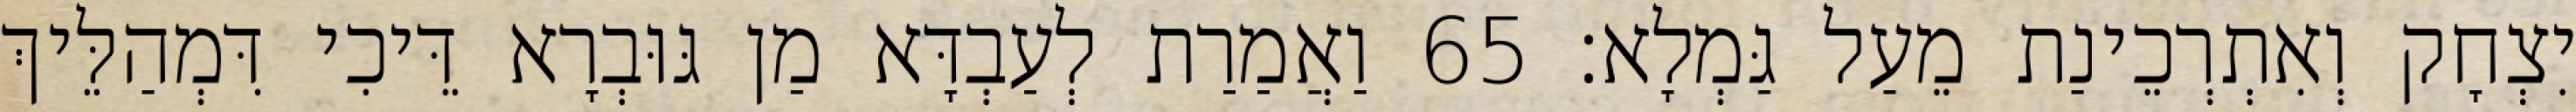
יִצְחָק וְאִתְרְכֵינַת מֵעַל גַּמְלָא׃ 65 וַאֲמַרַת לְעַבְדָּא מַן גּוּבְרָא דֵּיכִי דִּמְהַלֵּיךְ